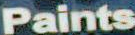
Paints